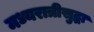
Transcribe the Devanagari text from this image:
मध्यरात्रीसुद्धा